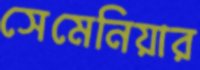
সেমেনিয়ার